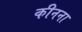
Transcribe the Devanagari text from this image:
कीनना